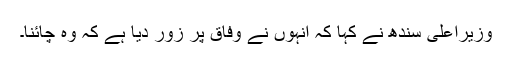
وزیراعلیٰ سندھ نے کہا کہ انہوں نے وفاق پر زور دیا ہے کہ وہ چائنا۔